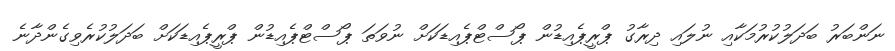
ނަންބަރު ބަދަލުކުރުމަކާއި ނުލައި ދިރާގު ޕްރީޕެއިޑުން ޕޯސްޓްޕެއިޑަކަށް ނުވަތަ ޕޯސްޓްޕެއިޑުން ޕްރީޕެއިޑަކަށް ބަދަލުކުރެވިގެންދާނެ